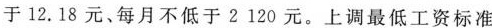
于12.18元、每月不低于2120元。上调最低工资标准